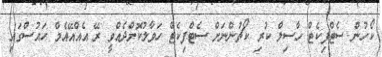
ކޯހުން ސެޓްފިކެޓް ހާސިލް ކުރި ކޯޗުންނަށް ސެޓްފިކެޓް ހަވާލުކޮށްދެއްވީ ރޭ އެއްއޭއެމް ހައުސްގައި